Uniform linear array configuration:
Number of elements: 48
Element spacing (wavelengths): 0.25
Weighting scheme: hamming
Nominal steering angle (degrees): -45
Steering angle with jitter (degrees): -46.533
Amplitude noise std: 0.05
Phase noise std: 0.05

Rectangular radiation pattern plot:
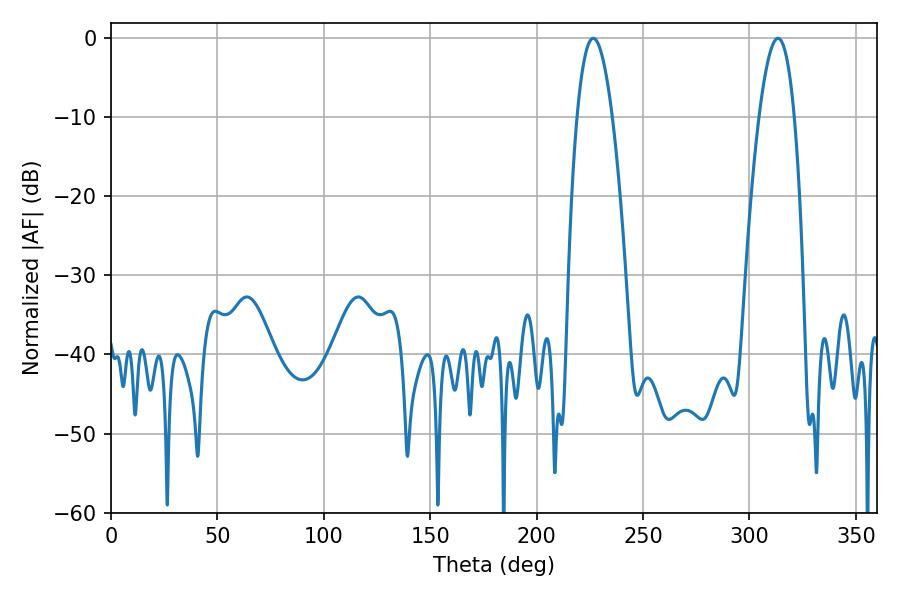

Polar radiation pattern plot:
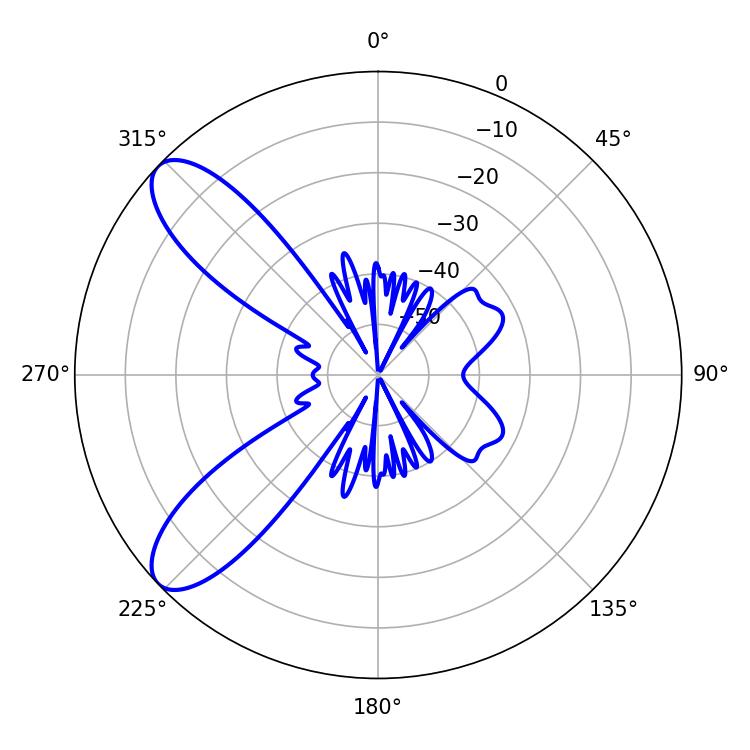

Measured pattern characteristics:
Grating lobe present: FALSE
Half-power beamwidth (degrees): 9
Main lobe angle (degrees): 226.62